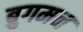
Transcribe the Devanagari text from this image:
ब्रुगमन